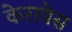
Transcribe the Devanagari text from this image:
केरापेस